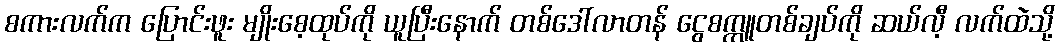
စကားလက်က ပြောင်းဖူး မျိုးစေ့ထုပ်ကို ယူပြီးနောက် တစ်ဒေါ်လာတန် ငွေစက္ကူတစ်ချပ်ကို ဆယ်လီ့ လက်ထဲသို့